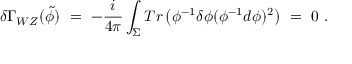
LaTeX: \delta \Gamma _ { W Z } ( \widetilde { \phi } ) \ = \ - \frac { i } { 4 \pi } \int _ { \Sigma } T r \left( \phi ^ { - 1 } \delta \phi ( \phi ^ { - 1 } d \phi ) ^ { 2 } \right) \ = \ 0 \ .